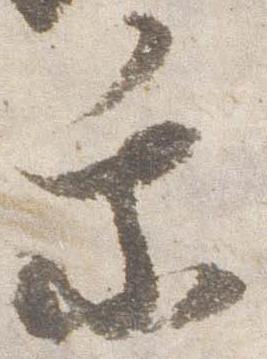
乗